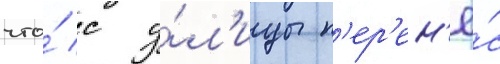
что́ с у́л'ицы п'ер'ен'ё́с